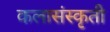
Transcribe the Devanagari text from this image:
कलासंस्कृती